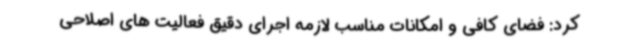
کرد: فضای کافی و امکانات مناسب لازمه اجرای دقیق فعالیت های اصلاحی